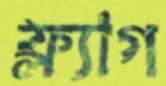
ফ্ল্যাগ